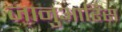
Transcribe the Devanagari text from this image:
जानुआरिस